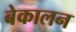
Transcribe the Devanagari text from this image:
बेकालन